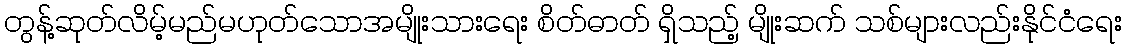
တွန့်ဆုတ်လိမ့်မည်မဟုတ်သောအမျိုးသားရေး စိတ်ဓာတ် ရှိသည့် မျိုးဆက် သစ်များလည်းနိုင်ငံရေး